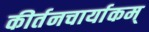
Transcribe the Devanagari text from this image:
कीर्तनचार्याकम्‌